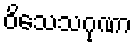
ဝိသေသဂုဏာ